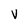
Character: V